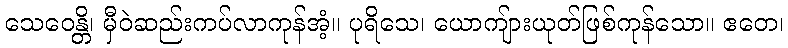
သေဝေန္တိ၊ မှီဝဲဆည်းကပ်လာကုန်အံ့။ ပုရိသေ၊ ယောကျ်ားယုတ်ဖြစ်ကုန်သော။ ဧတေ၊